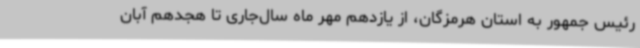
رئیس جمهور به استان هرمزگان، از یازدهم مهر ماه سال‌جاری تا هجدهم آبان